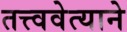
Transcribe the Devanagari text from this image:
तत्त्ववेत्याने